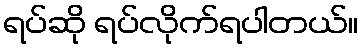
ရပ်ဆို ရပ်လိုက်ရပါတယ်။